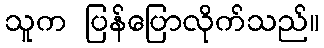
သူက ပြန်ပြောလိုက်သည်။